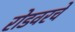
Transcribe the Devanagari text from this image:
रोडवरचे